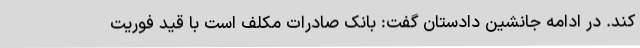
کند. در ادامه جانشین دادستان گفت: بانک صادرات مکلف است با قید فوریت